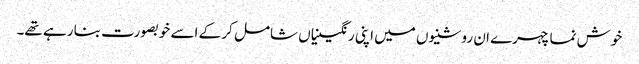
خوش نما چہرے ان روشنیوں میں اپنی رنگینیاں شامل کر کے اسے خوبصورت بنا رہے تھے۔